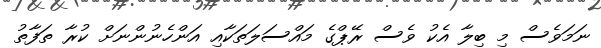
ނަމަވެސް މި ބިލާ އެކު ވެސް ރޭޕްގެ މައްސަލަތަކާއި އަންހެނުންނަށް ކުރާ ތަފާތު